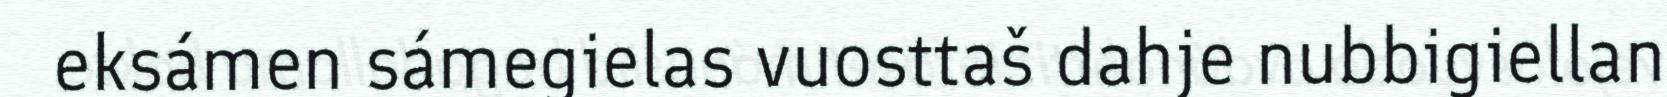
eksámen sámegielas vuosttaš dahje nubbigiellan